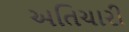
અતિચારી